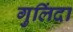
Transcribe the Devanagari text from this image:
गुलिंदा